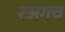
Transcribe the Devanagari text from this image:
रअगच